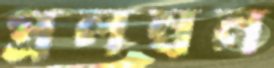
প্রলম্বন